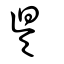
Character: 𣅳